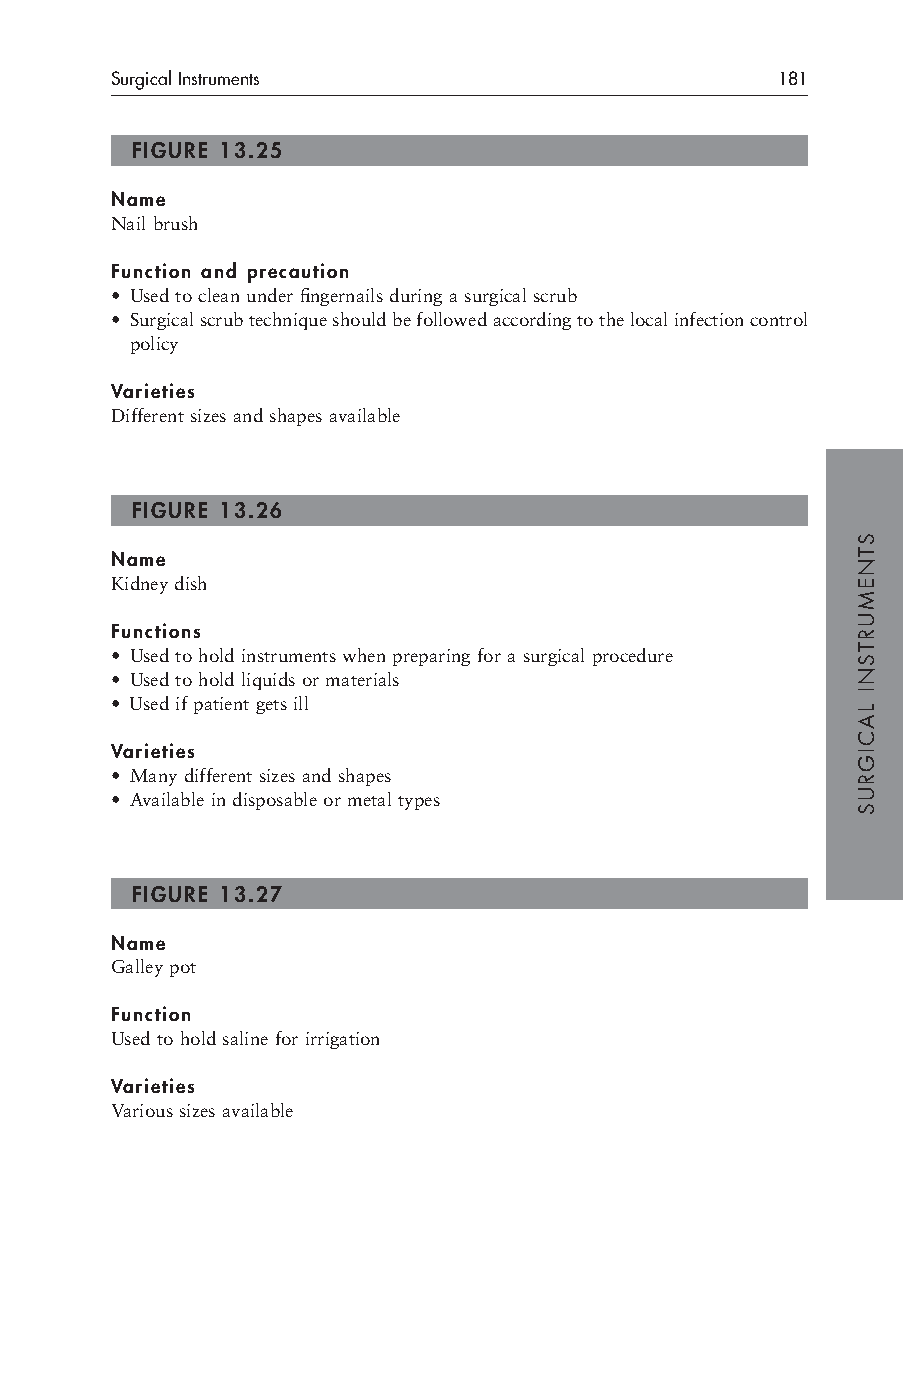
Surgical Instruments                        181
 FIGURE 13.25
 Name
 Nail brush
 Function and precaution
 • Used to clean under fingernails during a surgical scrub
 • Surgical scrub technique should be followed according to the local infection control
 policy
 Varieties
 Different sizes and shapes available
 FIGURE 13.26
 Name
 Kidney dish
 Functions
 • Used to hold instruments when preparing for a surgical procedure
 • Used to hold liquids or materials
 • Used if patient gets ill
 Varieties
 • Many different sizes and shapes
 • Available in disposable or metal types
 FIGURE 13.27
 Name
 Galley pot
 Function
 Used to hold saline for irrigation
 Varieties
 Various sizes available
 STNEMURTSNI
 LACIGRUS